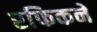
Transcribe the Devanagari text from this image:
रफिकने